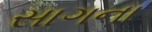
સાગના